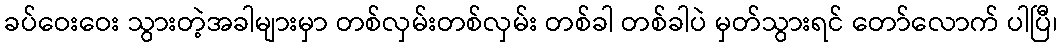
ခပ်ဝေးဝေး သွားတဲ့အခါများမှာ တစ်လှမ်းတစ်လှမ်း တစ်ခါ တစ်ခါပဲ မှတ်သွားရင် တော်လောက် ပါပြီ၊